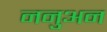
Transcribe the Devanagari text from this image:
ननुअन